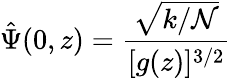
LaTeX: \hat{\Psi}(0,z)=\frac{\sqrt{k/{\mathcal{N}}}}{[g(z)]^{3/2}}